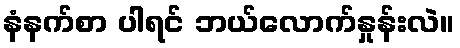
နံနက်စာ ပါရင် ဘယ်လောက်နှုန်းလဲ။